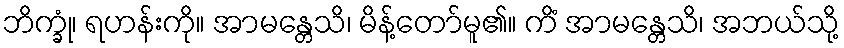
ဘိက္ခုံ၊ ရဟန်းကို။ အာမန္တေသိ၊ မိန့်တော်မူ၏။ ကိံ အာမန္တေသိ၊ အဘယ်သို့